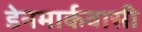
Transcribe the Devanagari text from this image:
डेनमार्कवासी